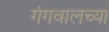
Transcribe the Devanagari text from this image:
गंगवालच्या